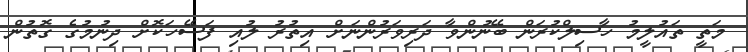
މަތީ ތައުލީމު ހާސިލްކުރަން ބޭނުންވާ ދަރިވަރުންނަށް އިތުރު ލުއި ފަސޭހަކޮށް ދިނުމުގެ ގޮތުން